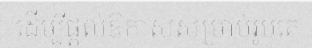
ដើម្បីផ្តល់ឱកាសសម្រាប់រូបគេ